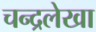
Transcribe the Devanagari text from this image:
चन्द्रलेखा